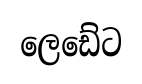
ලෙඩේට